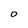
Character: 0